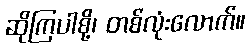
ဆိုကြပါစို့၊ တစ်လုံးလောက်။